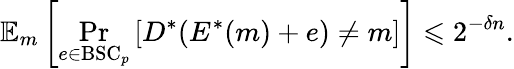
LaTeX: \mathbb{E}_{m}\left[\operatorname*{Pr}_{e\in{\mathrm{BSC}}_{p}}\left[D^{*}(E^{*}(m)+e)\neq m\right]\right]\leqslant 2^{-\delta n}.